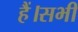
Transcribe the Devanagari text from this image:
हैं।सभी